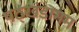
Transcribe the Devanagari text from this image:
षठ्खंडागम